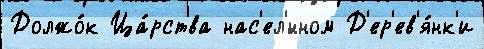
Должо́к Ца́рства нас'ел'́нном Д'ер'ев'я́нк'и